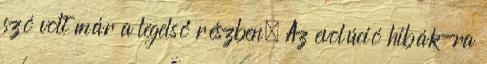
szó volt már a legelső részben. Az evolúció hibák-ra